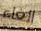
الغاء